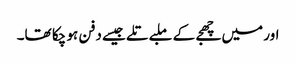
اور میں چھجے کے ملبے تلے جیسے دفن ہو چکا تھا۔